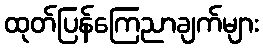
ထုတ်ပြန်ကြေညာချက်များ